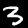
Label: 3